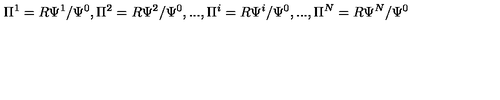
\Pi ^ { 1 } = R \Psi ^ { 1 } / \Psi ^ { 0 } , \Pi ^ { 2 } = R \Psi ^ { 2 } / \Psi ^ { 0 } , . . . , \Pi ^ { i } = R \Psi ^ { i } / \Psi ^ { 0 } , . . . , \Pi ^ { N } = R \Psi ^ { N } / \Psi ^ { 0 }